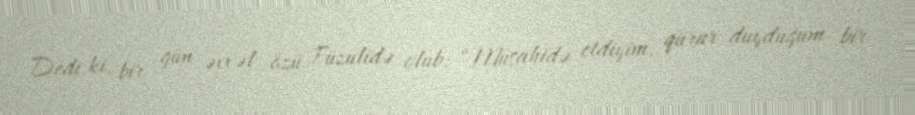
Dedi ki, bir gün əvvəl özü Füzulidə olub: “Müşahidə etdiyim, qürur duyduğum bir